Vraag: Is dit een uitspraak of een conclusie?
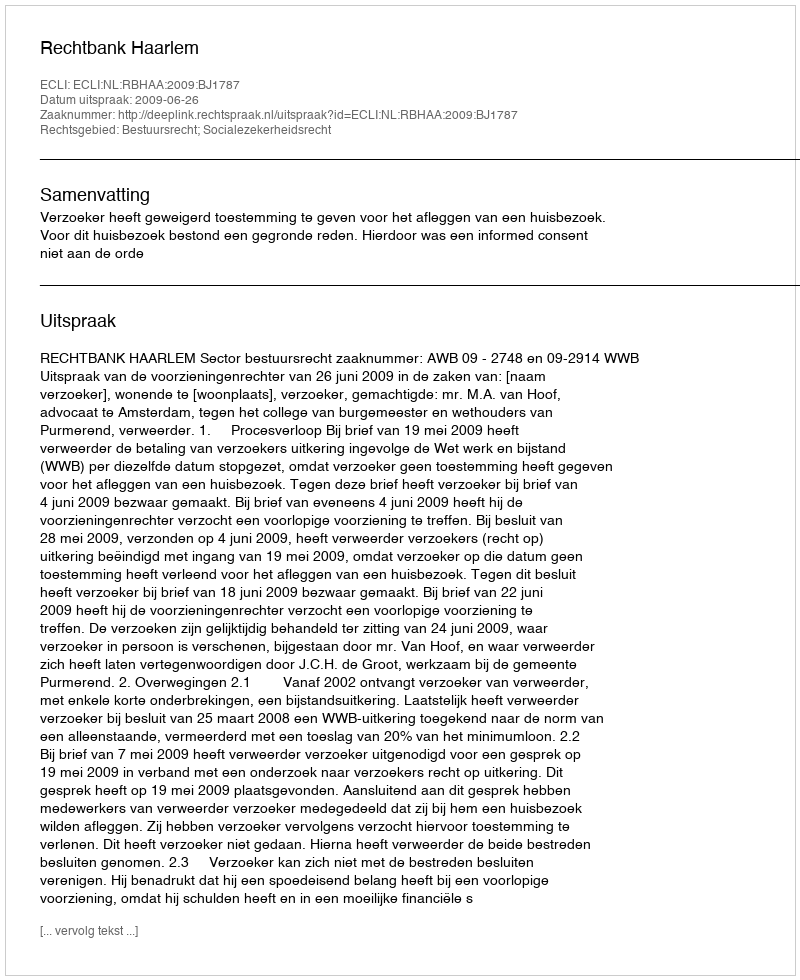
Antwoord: Uitspraak